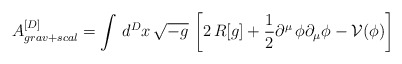
\begin{align*}A_{grav+scal}^{[D]}=\int \, d^Dx \, \sqrt{-g} \,\left[ 2 \, R[g] +\frac{1}{2}\partial^\mu \, \phi \partial_\mu \phi - \mathcal{V}(\phi)\right]\end{align*}